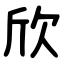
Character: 欣